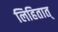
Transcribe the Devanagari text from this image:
लिहितात्